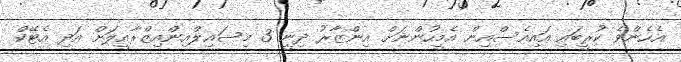
އެހެންވެ ކުރީބައި އައިއެސްއިން އެމީހުންނަށް އިންޒާރު ދިނީ 3 މިސައިލްއިންއިޒްރާއީލަށް އަދި އެޓޭކް